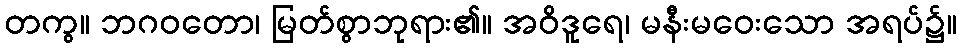
တကွ။ ဘဂဝတော၊ မြတ်စွာဘုရား၏။ အဝိဒူရေ၊ မနီးမဝေးသော အရပ်၌။